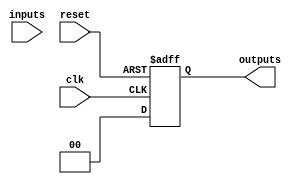
module PrimeImplicantMinimizer (
    input wire [3:0] inputs,          // 4-bit input representing variables
    output reg [1:0] outputs,         // 2-bit output representing minimized logic function
    input wire clk,                   // Clock signal for synchronous operations
    input wire reset                  // Reset signal
);

// Internal parameters for truth table and prime implicants
reg [15:0] truth_table;              // 16 minterms for 4 variables
reg [15:0] prime_implicants;         // Identified prime implicants
reg [15:0] essential_prime_implicants; // Essential prime implicants

// Initial truth table (example for a specific function)
initial begin
    truth_table = 16'b0001100000000000; // Example truth table for a function
end

// Combinational logic to generate prime implicants
always @(*) begin
    // Placeholder for prime implicant identification logic
    // This section should implement the actual algorithm
    // For demonstration, we will just pass through the truth table
    prime_implicants = truth_table; // This should be replaced with the actual logic
end

// Sequential logic to select essential prime implicants
always @(posedge clk or posedge reset) begin
    if (reset) begin
        essential_prime_implicants <= 16'b0;
        outputs <= 2'b00;
    end else begin
        // Placeholder for selecting essential prime implicants
        // This should be replaced with actual selection logic
        essential_prime_implicants = prime_implicants; // This should be replaced with the actual logic
        
        // Generate outputs based on selected essential prime implicants
        // This is a simple example; actual implementation will depend on the function
        outputs <= {essential_prime_implicants[1], essential_prime_implicants[0]};
    end
end

endmodule